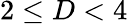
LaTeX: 2\leq D<4